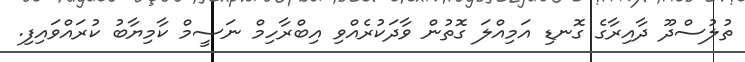
ތުލުސްދޫ ދާއިރާގެ ގޮނޑި އަމިއްލަ ގޮތުން ވާދަކުރެއްވި އިބްރާހިމް ނަސީމް ކާމިޔާބު ކުރައްވައިފި.